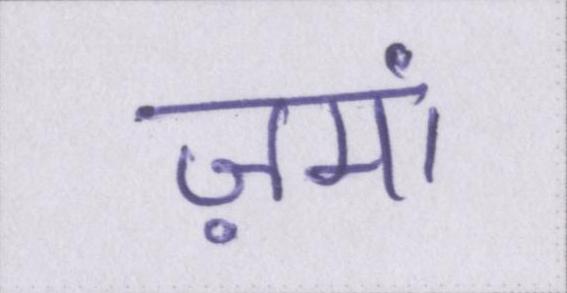
ज़मां